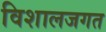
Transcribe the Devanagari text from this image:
विशालजगत